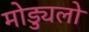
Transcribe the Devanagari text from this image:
मोड्युलो